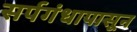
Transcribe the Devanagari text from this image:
सर्पगंधापासून